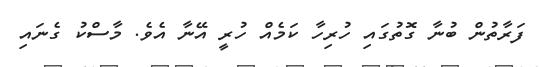
ފަރާތުން ބުނާ ގޮތުގައި ހުރިހާ ކަމެއް ހުރީ އޭނާ އެވެ. މާސްކު ގެނައި